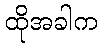
ထိုအခါက